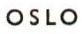
OSLO